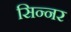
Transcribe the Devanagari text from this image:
सिन्‍नर